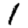
Digit: 1